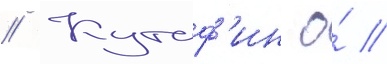
// Кутаф'ин о́ //